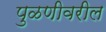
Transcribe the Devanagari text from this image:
पुळणीवरील